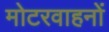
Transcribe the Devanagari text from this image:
मोटरवाहनों